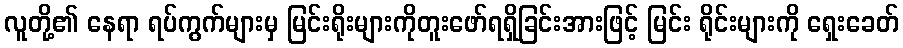
လူတို့၏ နေရာ ရပ်ကွက်များမှ မြင်းရိုးများကိုတူးဖော်ရရှိခြင်းအားဖြင့် မြင်း ရိုင်းများကို ရှေးခေတ်